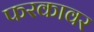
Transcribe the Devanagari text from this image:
फरकावर